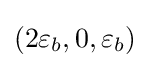
(2\varepsilon _{b},0,\varepsilon _{b})